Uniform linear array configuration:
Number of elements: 16
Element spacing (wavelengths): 0.75
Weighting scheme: cosine
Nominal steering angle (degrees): -30
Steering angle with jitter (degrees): -31.432
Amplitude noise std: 0.05
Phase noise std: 0.05

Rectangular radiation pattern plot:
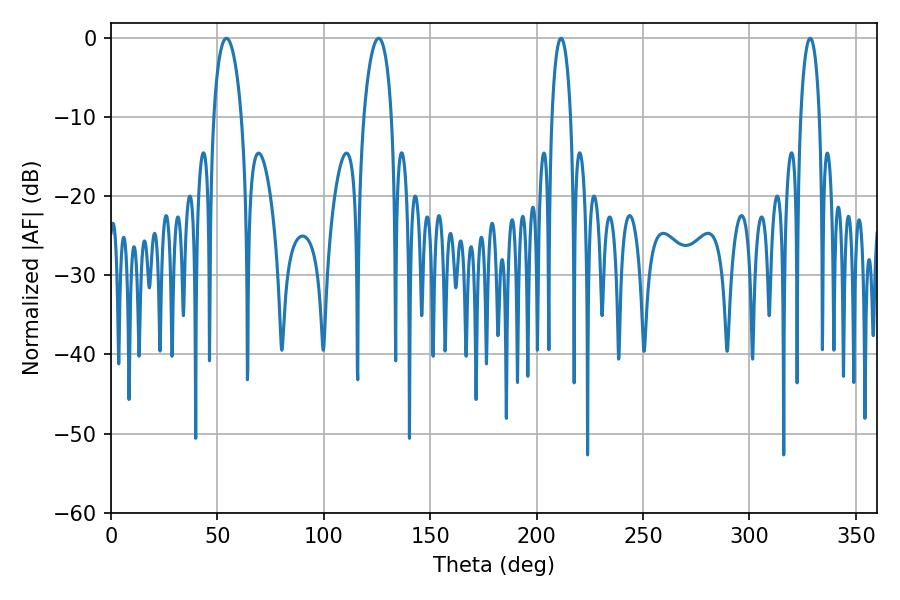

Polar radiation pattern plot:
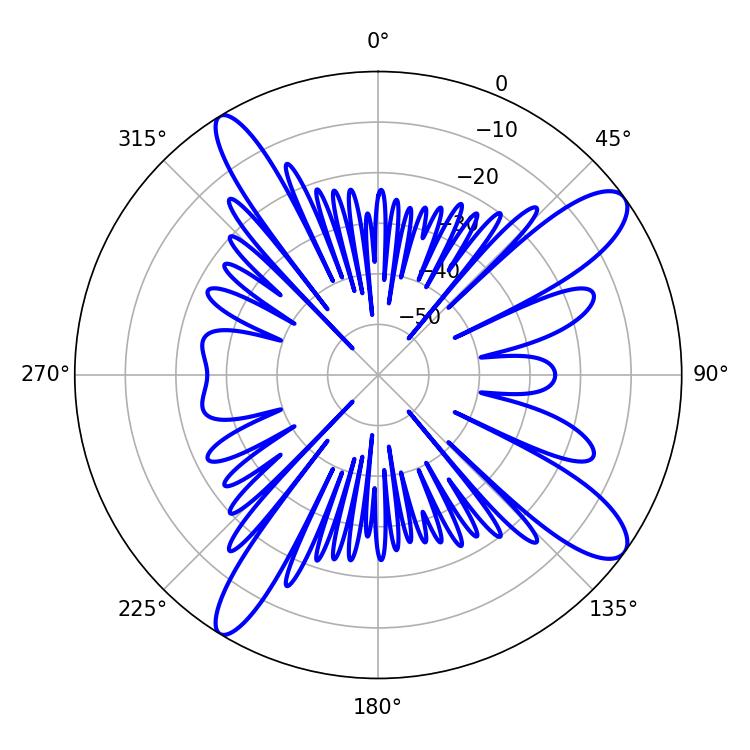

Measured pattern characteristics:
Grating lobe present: TRUE
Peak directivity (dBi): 11.883
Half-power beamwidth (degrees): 7.38
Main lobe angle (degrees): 54.18